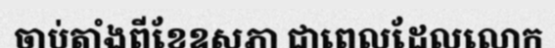
ចាប់តាំងពីខែឧសភា ជាពេលដែលលោក